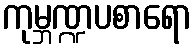
ကုမ္ဘဏ္ဍပစာရော